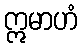
ဣမာဟံ